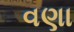
વણા